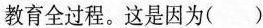
教育全过程。这是因为( )